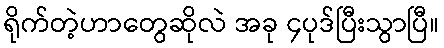
ရိုက်တဲ့ဟာတွေဆိုလဲ အခု ၄ပုဒ်ပြီးသွာပြီ။